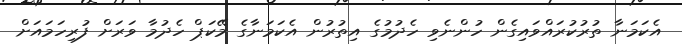
އެކަމަނާ ތުރުކުރައްވައިގެން ހުންނެވި ހެދުމުގެ އިތުރުން އެކަމަނާގެ މޭކަޕް ހެދުމާ ވަރަށް ފުރިހަމައަށް